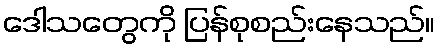
ဒေါသတွေကို ပြန်စုစည်းနေသည်။